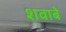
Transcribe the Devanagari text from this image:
शवाबे